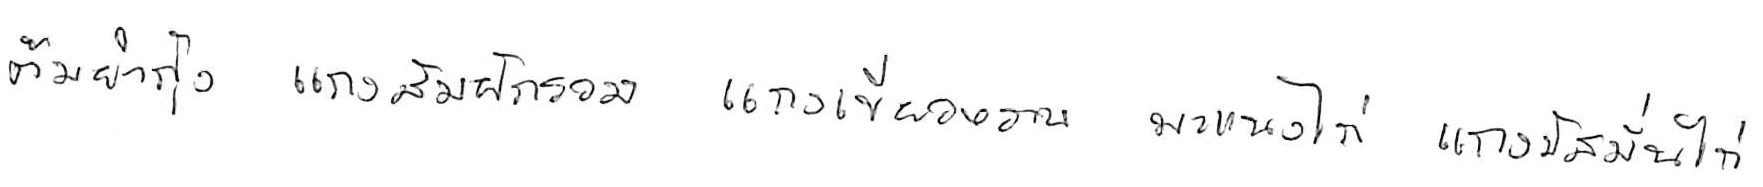
ต้มยำกุ้ง แกงส้มผักรวม แกงเขียวหวาน พะแนงไก่ แกงมัสมั่นไก่